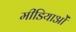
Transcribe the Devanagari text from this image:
मीडियाओं